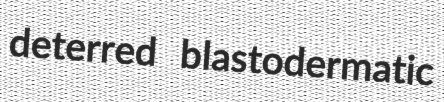
deterred blastodermatic